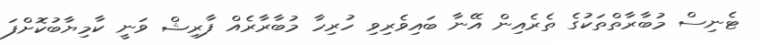
ޓެނިސް މުބާރާތްތަކުގެ ތެރެއިން އޭނާ ބައިވެރިވި ހުރިހާ މުބާރާރެއް ފާރިޝް ވަނީ ކާމިޔާބުކޮށްފަ